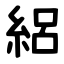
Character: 絽